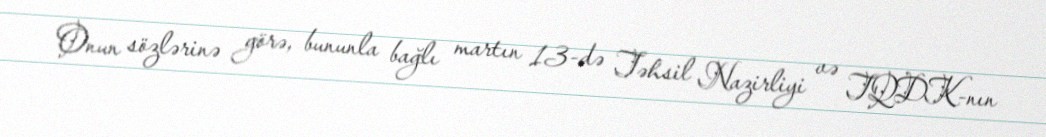
Onun sözlərinə görə, bununla bağlı martın 13-də Təhsil Nazirliyi və TQDK-nın